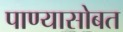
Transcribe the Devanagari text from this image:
पाण्‍यासोबत